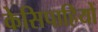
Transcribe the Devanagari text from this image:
केसिपाहियों